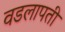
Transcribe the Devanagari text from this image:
वडलापती